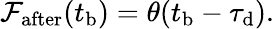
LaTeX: \begin{array}{r}{\mathcal{F}_{\mathrm{after}}(t_{\mathrm{b}})=\theta(t_{\mathrm{b}}-\tau_{\mathrm{d}}).}\end{array}